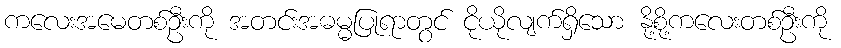
ကလေးအမေတစ်ဦးကို အတင်းအဓမ္မပြုရာတွင် ငိုယိုလျက်ရှိသော နို့စို့ကလေးတစ်ဦးကို